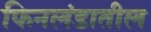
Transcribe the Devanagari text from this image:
फिनलंडातील